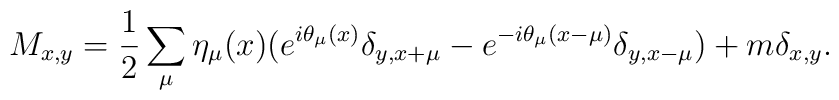
M_{x,y}=\frac{1}{2}\sum_{\mu}\eta_{\mu}(x)(e^{i\theta_{\mu}(x)}\delta_{y,x+\mu}-e^{-i\theta_{\mu}(x-\mu)}\delta_{y,x-\mu})+m\delta_{x,y}.